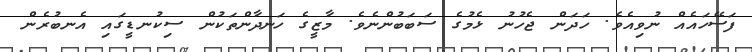
ފަސޭހައެއް ނުވިއެވެ. ހަދަން ޖެހުނު ޅެމުގެ ސަބަބުންނެވެ. މާޒީގެ ހަނދާންތަކުން ސިކުނޑީގައި އެނބުރެން